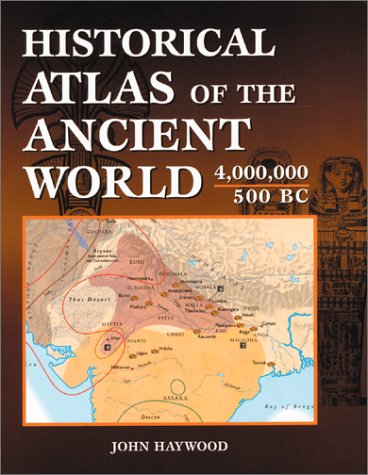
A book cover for Historical Atlas of the Ancient World 4,000,000 - 500 BC; John Haywood; History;